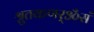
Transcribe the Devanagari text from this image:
श्रुतकणर्ॐसं